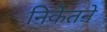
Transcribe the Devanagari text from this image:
निकेतने